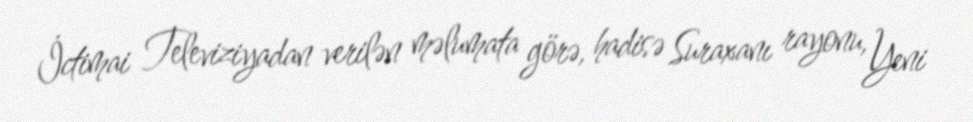
İctimai Televiziyadan verilən məlumata görə, hadisə Suraxanı rayonu, Yeni